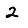
Digit: 2